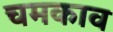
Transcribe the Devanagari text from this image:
चमकाव